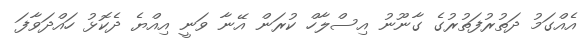
އެއްގަމު ދަތުރުފަތުރުގެ ގާނޫނު އިސްލާހް ކުރަން އޭނާ ވަނީ އިއްޔެ ދެކޮޅު ހައްދަވާފަ